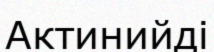
Актинийді